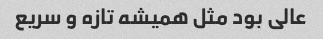
عالی بود مثل همیشه تازه و سریع